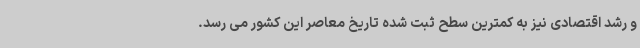
و رشد اقتصادی نیز به کمترین سطح ثبت شده تاریخ معاصر این کشور می رسد.